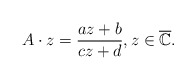
\begin{align*}A\cdot z=\frac{az+b}{cz+d},z\in \overline{\mathbb C}.\end{align*}